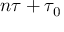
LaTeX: n \tau + \tau _ { 0 }